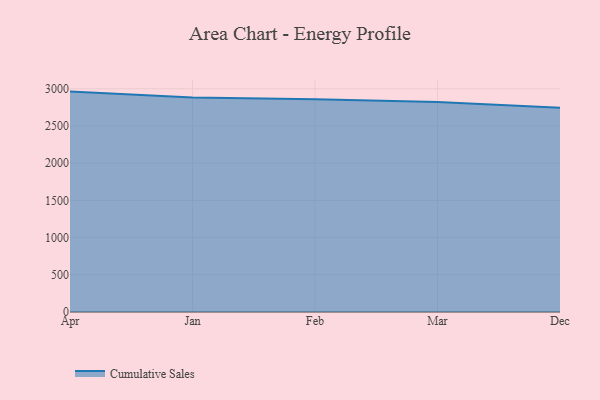
{"axis": {"x": "Month", "y": "Temperature (°C)"}, "legend": ["Cumulative Sales"], "data": [{"x": "Apr", "y": 2961.7, "type": "Cumulative Sales"}, {"x": "Jan", "y": 2883.8, "type": "Cumulative Sales"}, {"x": "Feb", "y": 2857.6, "type": "Cumulative Sales"}, {"x": "Mar", "y": 2823.3, "type": "Cumulative Sales"}, {"x": "Dec", "y": 2745.7, "type": "Cumulative Sales"}]}